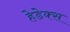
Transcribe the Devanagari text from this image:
हेडेक्स